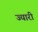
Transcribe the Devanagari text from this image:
ज्यारी